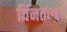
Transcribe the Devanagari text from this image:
विनताश्व।